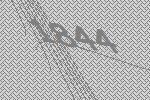
1844